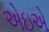
એઇએ